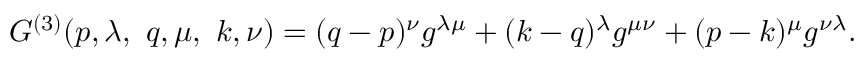
G ^ { ( 3 ) } ( p , \lambda , ~ q , \mu , ~ k , \nu ) = ( q - p ) ^ { \nu } g ^ { \lambda \mu } + ( k - q ) ^ { \lambda } g ^ { \mu \nu } + ( p - k ) ^ { \mu } g ^ { \nu \lambda } .